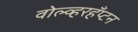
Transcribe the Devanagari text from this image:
वोल्व्हरहँप्टन